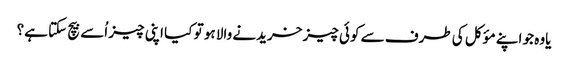
یاوہ جو اپنے مؤکل کی طرف سے کوئی چیز خریدنے والا ہو تو کیا اپنی چیز اُسے بیچ سکتا ہے؟